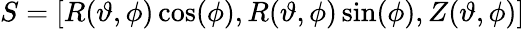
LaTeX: S=[R(\vartheta,\phi)\cos(\phi),R(\vartheta,\phi)\sin(\phi),Z(\vartheta,\phi)]